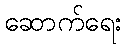
ဆောက်ရေး